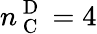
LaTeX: n_{\mathrm{~C~}}^{\mathrm{~D~}}=4